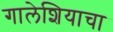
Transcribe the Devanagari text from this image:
गालेशियाचा